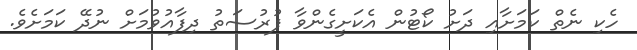
ހެކި ނެތް ކަމަށާއި ދަށު ކޯޓުން އެކަށީގެންވާ ފުރުސަތު ދިފާއުވުމަށް ނުދޭ ކަމަށެވެ.